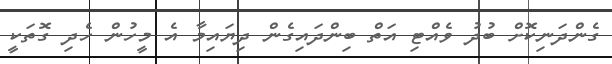
ގެންދަނިކޮށް ބުދު ވެއްޓި އަތް ބިންދައިގެން ދިޔައިމާ އެ މީހުން ހެދި ގޮތަކީ